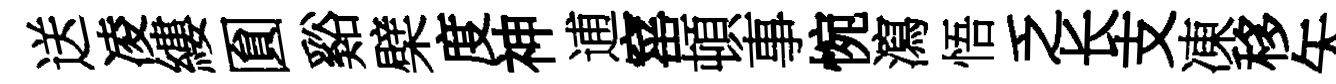
送凌縷圎谿檗度神逋窰頓事惋瀉悟乏长支凍移矢